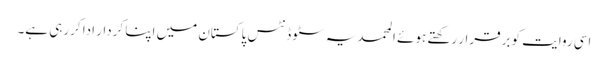
اسی روایت کو برقرار رکھتے ہوئے المحمدیہ سٹوڈنٹس پاکستان میں اپنا کردار ادا کررہی ہے۔